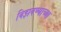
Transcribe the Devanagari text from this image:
विझवण्याच्या